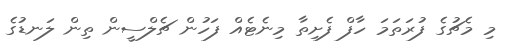
މި މެޗުގެ ފުރަތަމަ ހާފް ފެށިތާ މިނެޓެއް ފަހުން ޗެލްސީން ތިން ލަނޑުގެ